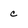
Character: c